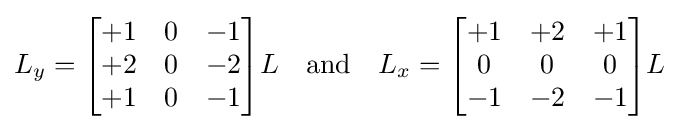
L_{y}={\begin{bmatrix}+1&0&-1\\+2&0&-2\\+1&0&-1\end{bmatrix}}L\quad {\text{and}}\quad L_{x}={\begin{bmatrix}+1&+2&+1\\0&0&0\\-1&-2&-1\end{bmatrix}}L